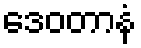
ဒေဝတာနံ